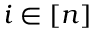
i \in [ n ]